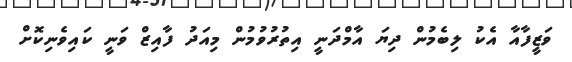
ވަޒީފާއާ އެކު ލިބެމުން ދިޔަ އާމްދަނީ އިތުރުވުމުން މިއަދު ފާއިޒް ވަނީ ކައިވެނިކޮށް